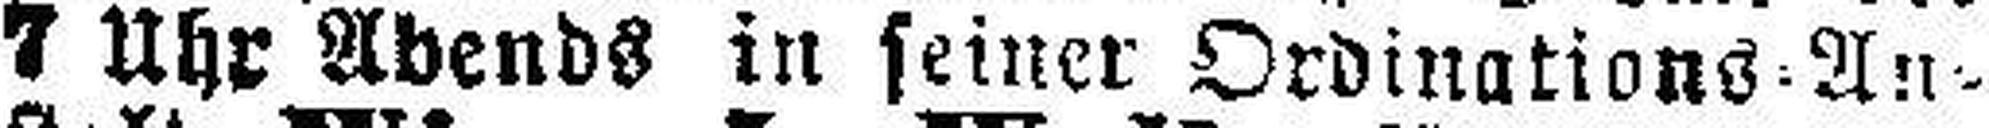
7 Uhr Abends in seiner Ordinations. An¬